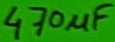
Text: 470µF